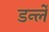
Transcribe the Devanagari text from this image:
डर्न्ले